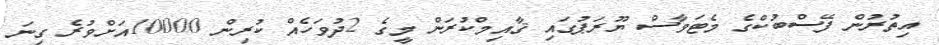
އިތުރުން ފޭސްބުކްގެ މެޓަވާސް ޔޫރަޕުގައި ޤާއިމްކުރަން މީގެ 2ދުވަހެއް ކުރިން 10000އަށްވުރެ ގިނަ